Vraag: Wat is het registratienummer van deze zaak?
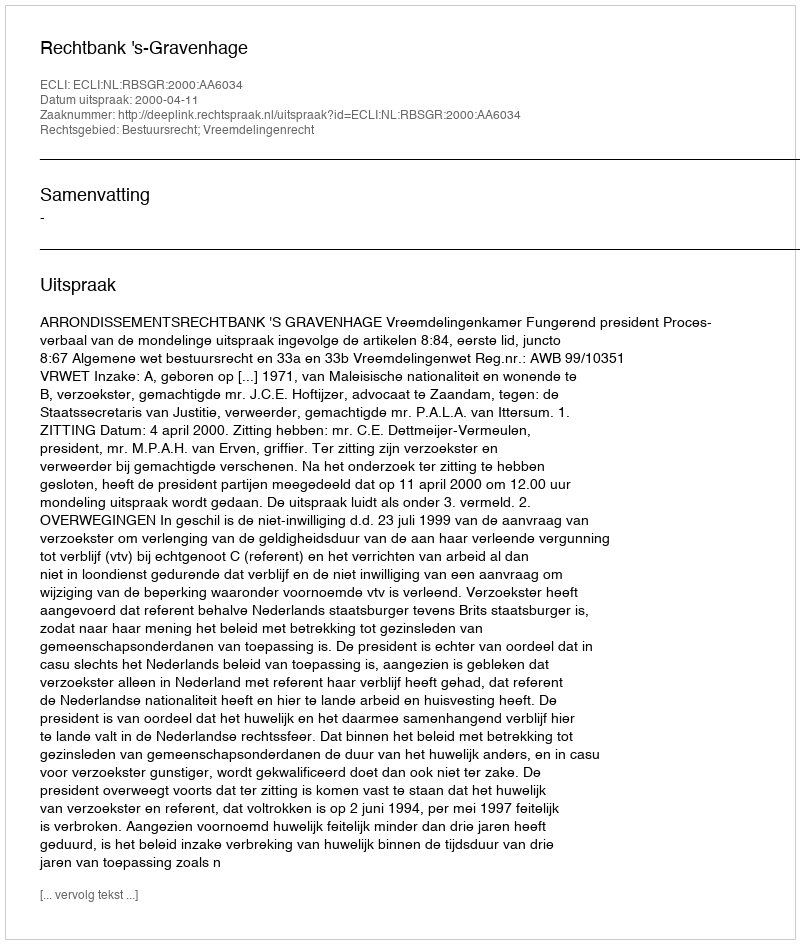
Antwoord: http://deeplink.rechtspraak.nl/uitspraak?id=ECLI:NL:RBSGR:2000:AA6034